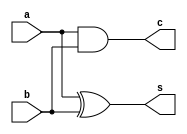
module halfadder(a,b,s,c);
input a,b;
output s,c;
assign s=a^b;
assign c=a&b;
endmodule